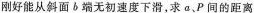
刚好能从斜面 b 端无初速度下滑，求 a、p 间的距离